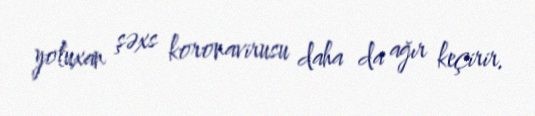
yoluxan şəxs koronavirusu daha da ağır keçirir.